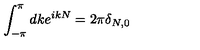
\int _ { - \pi } ^ { \pi } d k e ^ { i k N } = 2 \pi \delta _ { N , 0 }